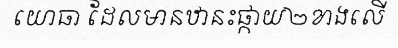
យោធា ដែលមានឋានះផ្កាយ២ខាងលើ